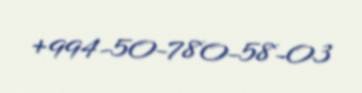
+994-50-780-58-03